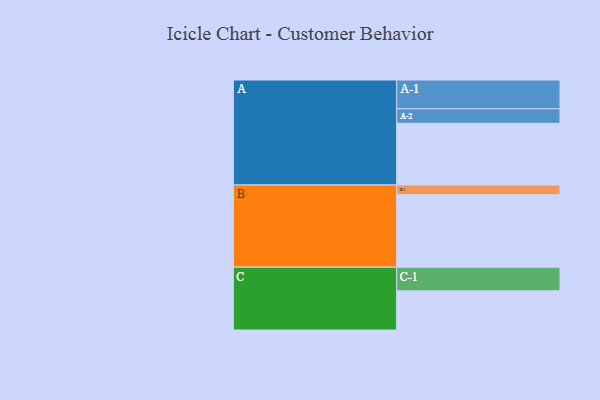
{"axis": {"x": "Segment", "y": "Value"}, "legend": ["", "A", "B", "C"], "data": [{"x": "A", "y": 506, "type": ""}, {"x": "B", "y": 594, "type": ""}, {"x": "C", "y": 321, "type": ""}, {"x": "A-1", "y": 236, "type": "A"}, {"x": "A-2", "y": 119, "type": "A"}, {"x": "B-1", "y": 80, "type": "B"}, {"x": "C-1", "y": 194, "type": "C"}]}